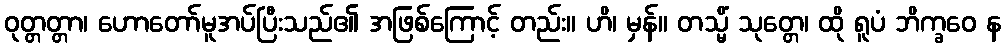
ဝုတ္တတ္တာ၊ ဟောတော်မူအပ်ပြီးသည်၏ အဖြစ်ကြောင့် တည်း။ ဟိ၊ မှန်။ တသ္မိံ သုတ္တေ၊ ထို ရူပံ ဘိက္ခဝေ န